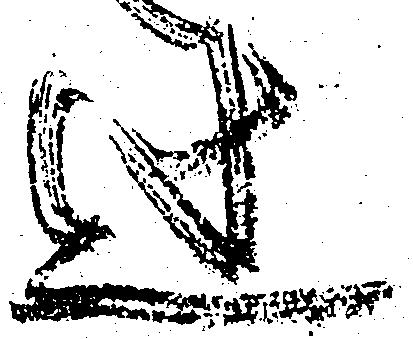
辻